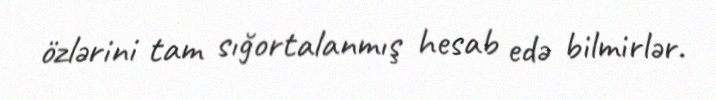
özlərini tam sığortalanmış hesab edə bilmirlər.